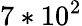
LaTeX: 7\ast 10^{2}